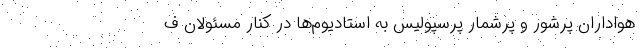
هواداران پرشور و پرشمار پرسپولیس به استادیوم‌ها در کنار مسئولان ف